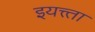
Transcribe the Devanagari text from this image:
इयत्त्ता